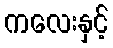
ကလေးနှင့်